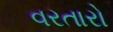
વરતારો